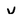
Character: U